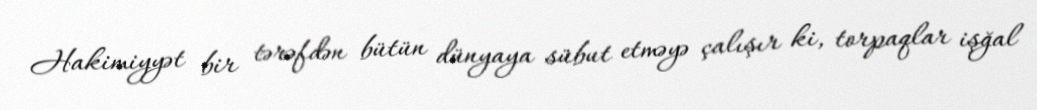
Hakimiyyət bir tərəfdən bütün dünyaya sübut etməyə çalışır ki, torpaqlar işğal